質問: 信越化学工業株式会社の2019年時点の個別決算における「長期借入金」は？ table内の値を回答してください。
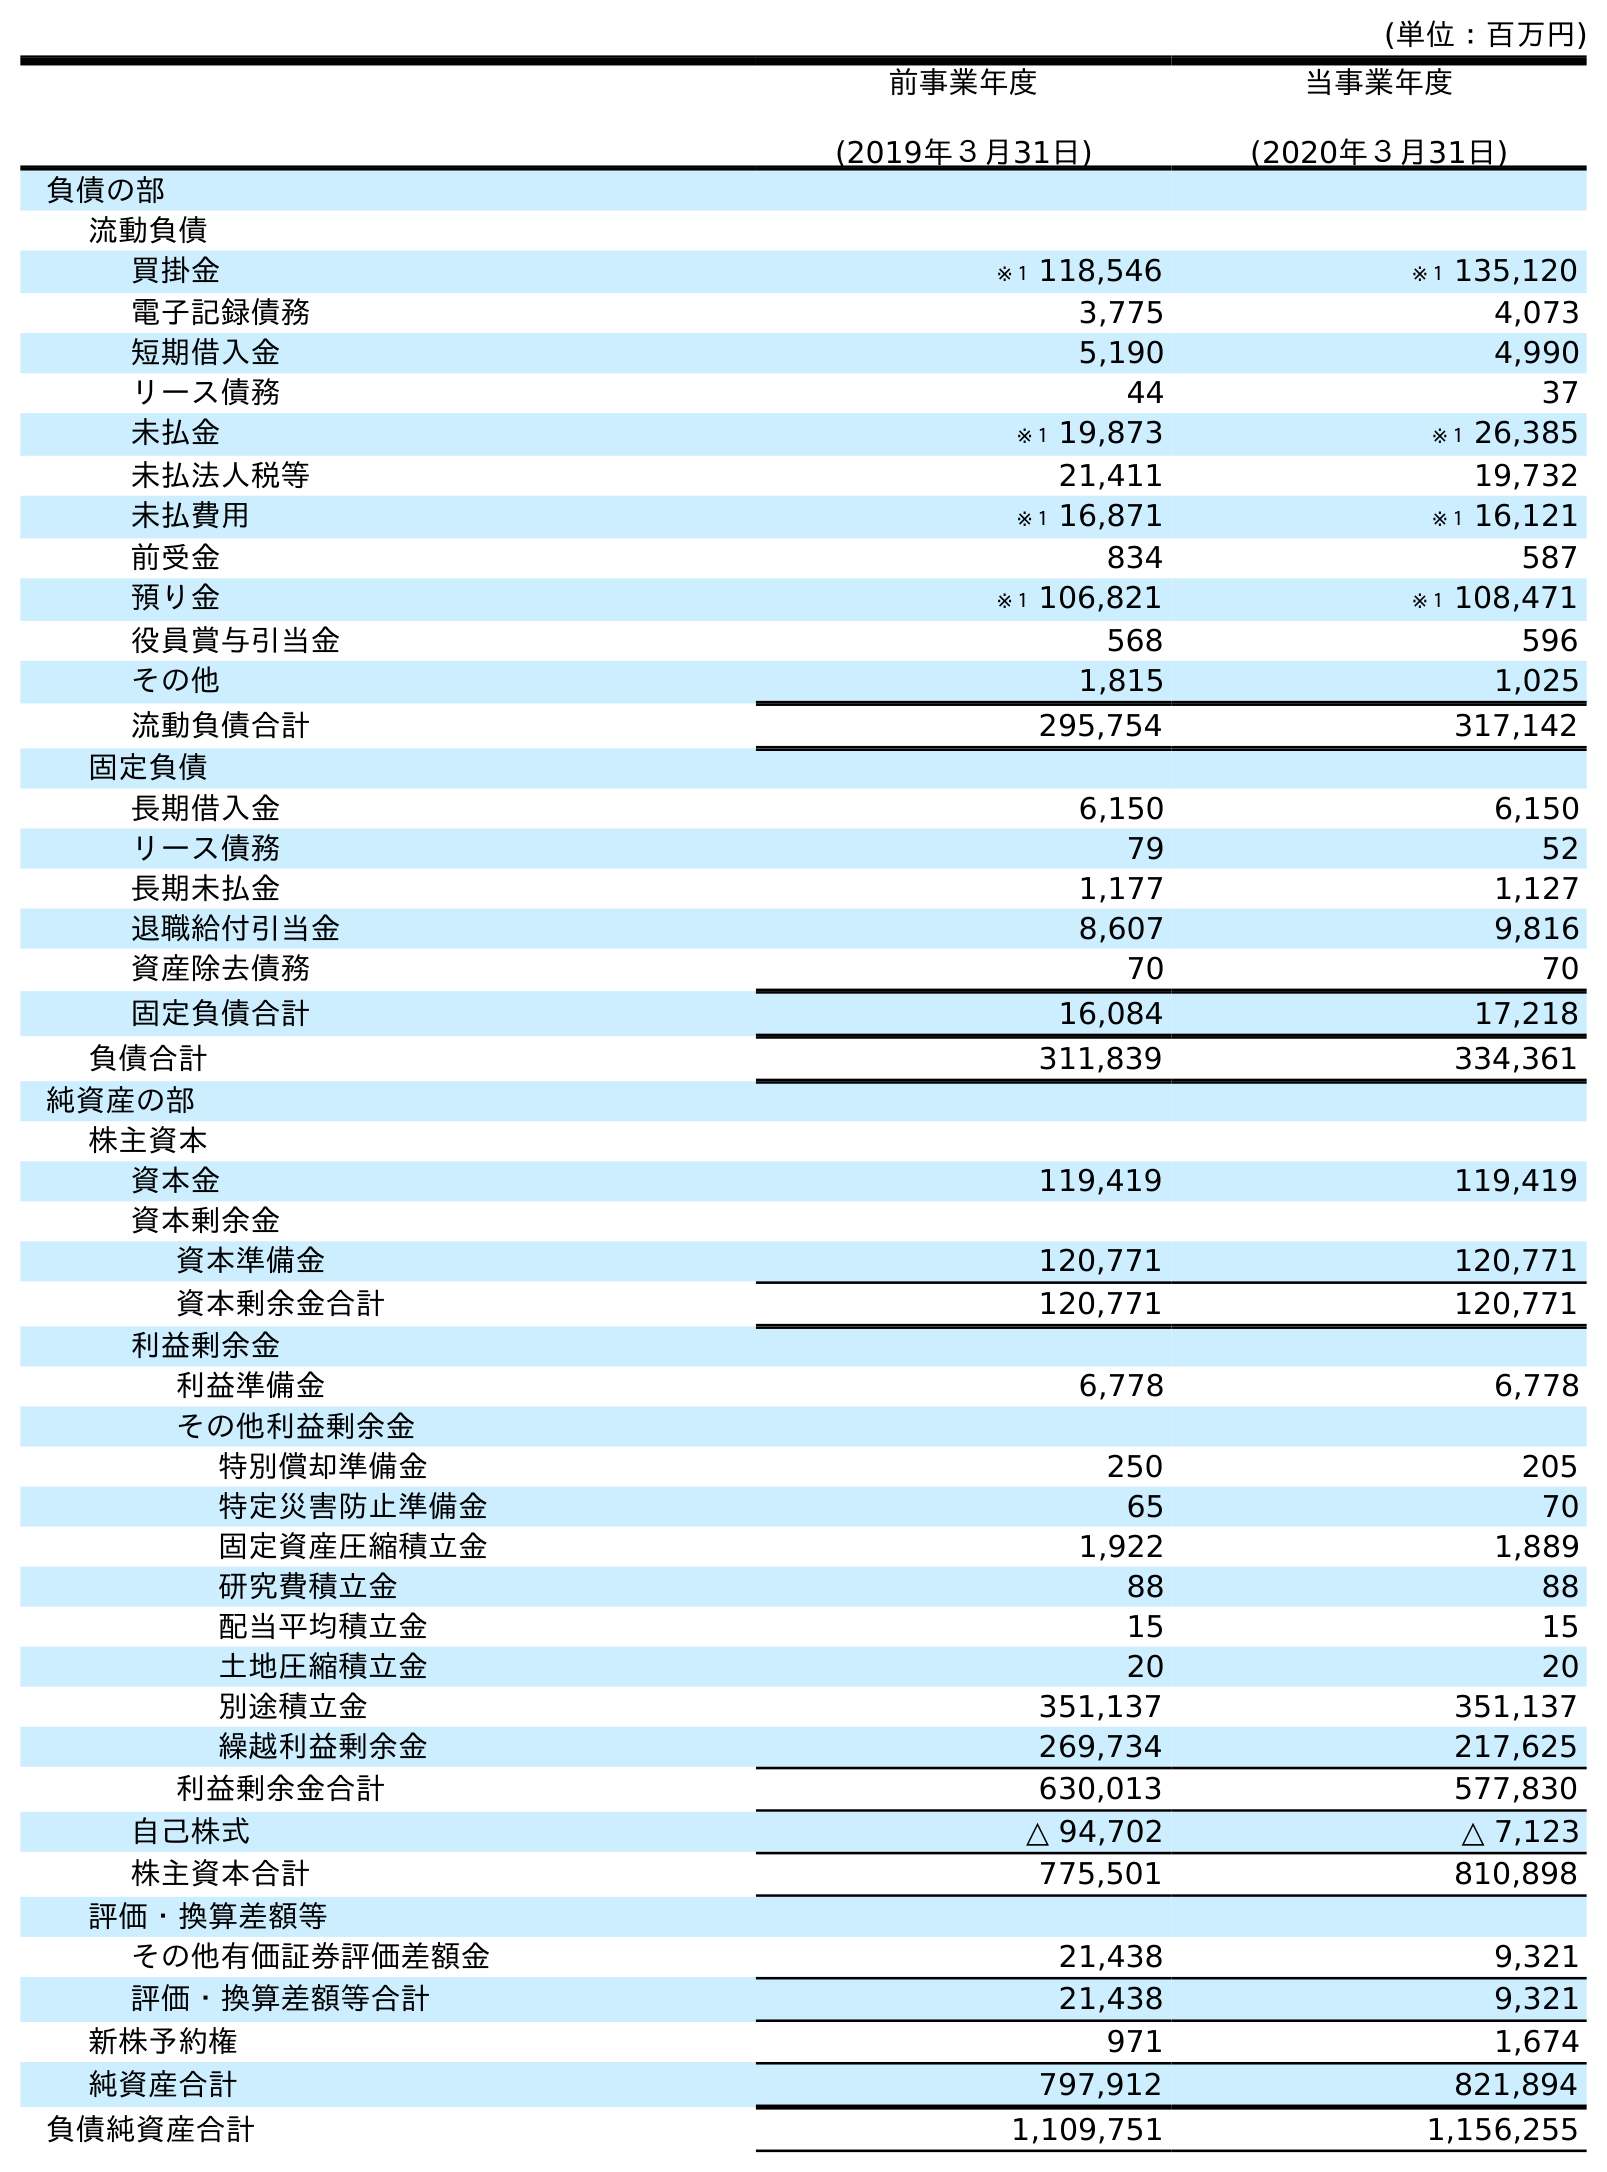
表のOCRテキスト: (単位：百万円) 前事業年度 (2019年３月31日) 当事業年度 (2020年３月31日) 負債の部 流動負債 買掛金 ※１ 118,546 ※１ 135,120 電子記録債務 3,775 4,073 短期借入金 5,190 4,990 リース債務 44 37 未払金 ※１ 19,873 ※１ 26,385 未払法人税等 21,411 19,732 未払費用 ※１ 16,871 ※１ 16,121 前受金 834 587 預り金 ※１ 106,821 ※１ 108,471 役員賞与引当金 568 596 その他 1,815 1,025 流動負債合計 295,754 317,142 固定負債 長期借入金 6,150 6,150 リース債務 79 52 長期未払金 1,177 1,127 退職給付引当金 8,607 9,816 資産除去債務 70 70 固定負債合計 16,084 17,218 負債合計 311,839 334,361 純資産の部 株主資本 資本金 119,419 119,419 資本剰余金 資本準備金 120,771 120,771 資本剰余金合計 120,771 120,771 利益剰余金 利益準備金 6,778 6,778 その他利益剰余金 特別償却準備金 250 205 特定災害防止準備金 65 70 固定資産圧縮積立金 1,922 1,889 研究費積立金 88 88 配当平均積立金 15 15 土地圧縮積立金 20 20 別途積立金 351,137 351,137 繰越利益剰余金 269,734 217,625 利益剰余金合計 630,013 577,830 自己株式 △ 94,702 △ 7,123 株主資本合計 775,501 810,898 評価・換算差額等 その他有価証券評価差額金 21,438 9,321 評価・換算差額等合計 21,438 9,321 新株予約権 971 1,674 純資産合計 797,912 821,894 負債純資産合計 1,109,751 1,156,255
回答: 6,150